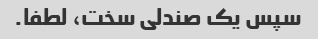
سپس یک صندلی سخت، لطفا.